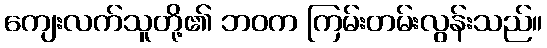
ကျေးလက်သူတို့၏ ဘဝက ကြမ်းတမ်းလွန်းသည်။